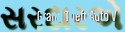
સરદારએ